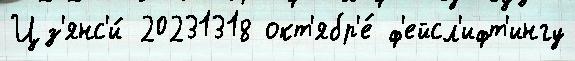
Цз'янс'и́ 20231318 окт'ябр'е́ ф'ейсл'ифт'ингу